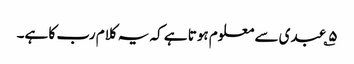
۵؎ عبدی سے معلوم ہوتا ہے کہ یہ کلام رب کا ہے۔